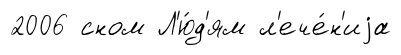
2006 сном Л'ю́д'ям л'ече́н'иjа